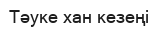
Тәуке хан кезеңі